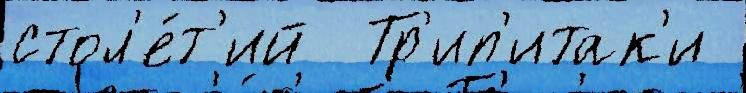
стол'е́т'ий  Тр'ип'итак'и